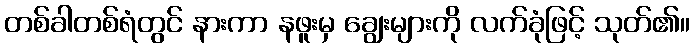
တစ်ခါတစ်ရံတွင် နားကာ နဖူးမှ ချွေးများကို လက်ခုံဖြင့် သုတ်၏။